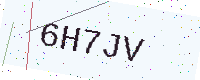
Text: 6H7JV